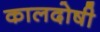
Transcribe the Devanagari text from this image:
कालदोषी